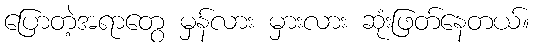
ပြောတဲ့အရာတွေ မှန်လား မှားလား ဆုံးဖြတ်နေတယ်။